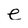
Character: e